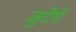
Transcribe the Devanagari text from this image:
जुटेंगे